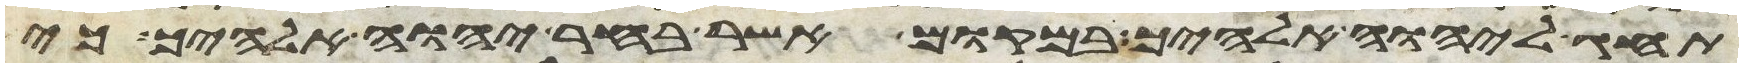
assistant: תחג ליהוה אלהיך במקום אשר בחר יהוה אלהיך כי